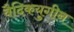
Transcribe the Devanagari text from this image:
वैदिकयुगीन